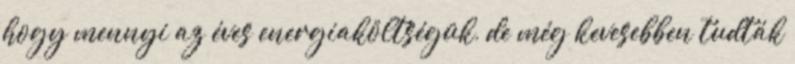
hogy mennyi az éves energiaköltségük, de még kevesebben tudták